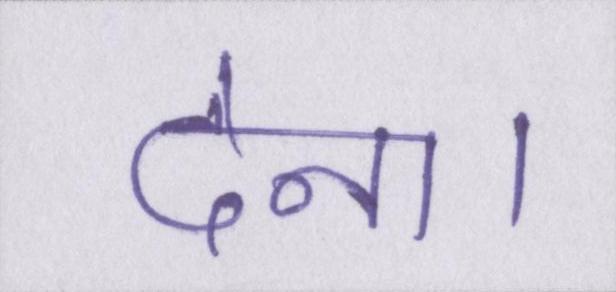
देना।